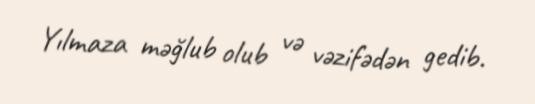
Yılmaza məğlub olub və vəzifədən gedib.